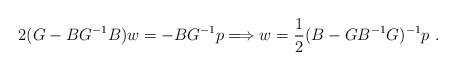
LaTeX: \begin{align*}2(G-BG^{-1}B)w=-BG^{-1}p \Longrightarrow w=\frac{1}{2}(B-GB^{-1}G)^{-1}p\ .\end{align*}